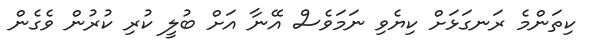
ކިތަންމެ ރަނގަޅަށް ކިޔެވި ނަމަވެސް އޭނާ އަށް ބުލީ ކުރި ކުރުން ވެގެން